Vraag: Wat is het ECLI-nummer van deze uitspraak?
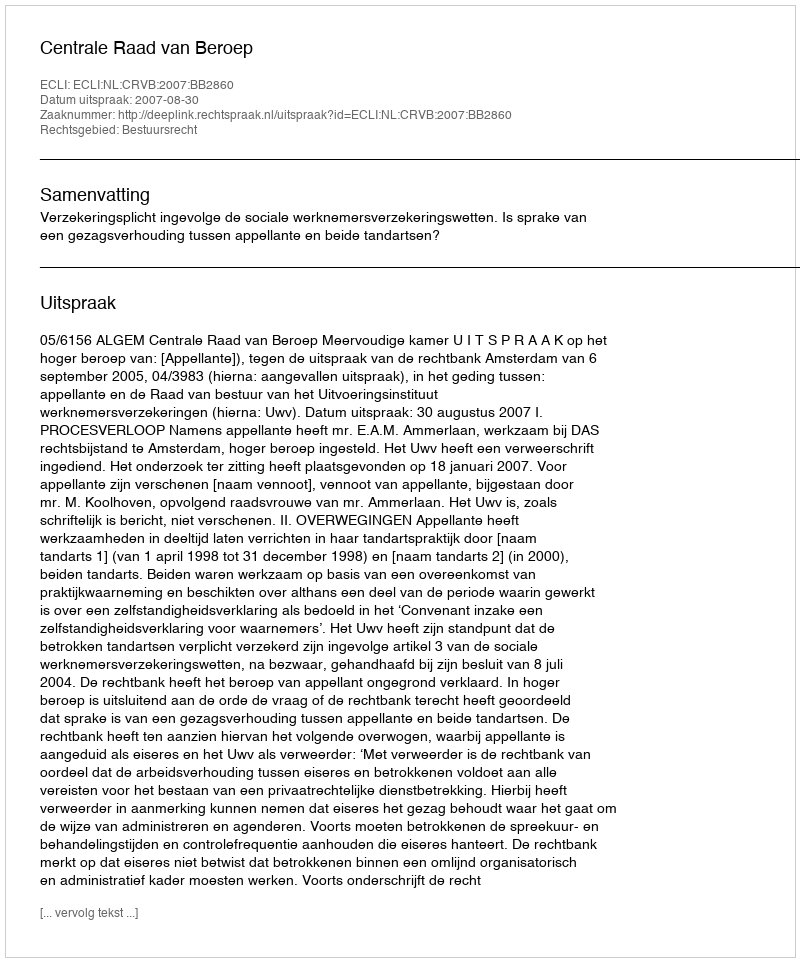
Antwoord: ECLI:NL:CRVB:2007:BB2860